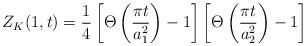
LaTeX: \begin{align*}Z_K(1,t)=\frac{1}{4}\left[\Theta\left(\frac{\pi t}{a_1^2}\right)-1\right]\left[\Theta\left(\frac{\pi t}{a_2^2}\right)-1\right]\end{align*}